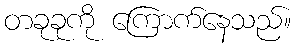
တခုခုကို ကြောက်နေသည်။